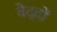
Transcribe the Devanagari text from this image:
वैद्दों